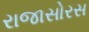
રાજાસોરસ